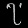
Digit: ၇